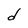
Character: d